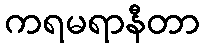
ကရမရာနီတာ